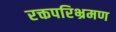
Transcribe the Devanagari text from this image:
रक्तपरिभ्रमण